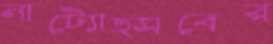
নাট্যোত্সবের